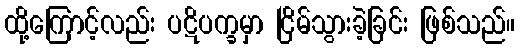
ထို့ကြောင့်လည်း ပဋိပက္ခမှာ ငြိမ်သွားခဲ့ခြင်း ဖြစ်သည်။